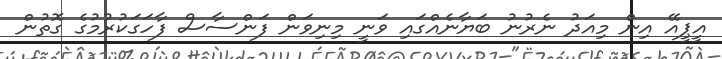
އީޕީއޭ އިން މިއަދު ނެރުނު ބަޔާނެއްގައި ވަނީ މިނިވަން ފަންސާސް ފާހަގަކުރުމުގެ ގޮތުން